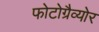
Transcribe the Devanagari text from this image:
फोटोग्रैव्योर